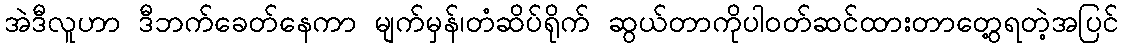
အဲဒီလူဟာ ဒီဘက်ခေတ်နေကာ မျက်မှန်၊တံဆိပ်ရိုက် ဆွယ်တာကိုပါဝတ်ဆင်ထားတာတွေ့ရတဲ့အပြင်